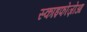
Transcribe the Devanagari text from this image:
स्काइफोज़ोआ